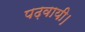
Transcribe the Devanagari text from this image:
पढ़वायी।